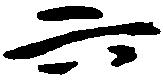
六